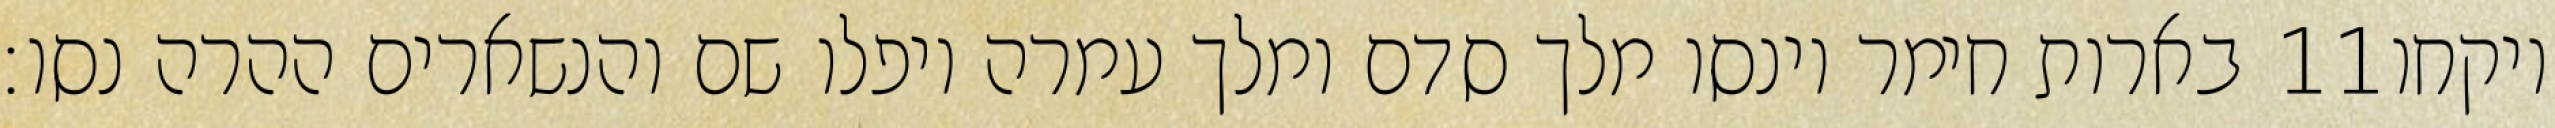
בארות חימר וינסו מלך סדם ומלך עמרה ויפלו שם והנשארים ההרה נסו׃ ‎11‏ ויקחו